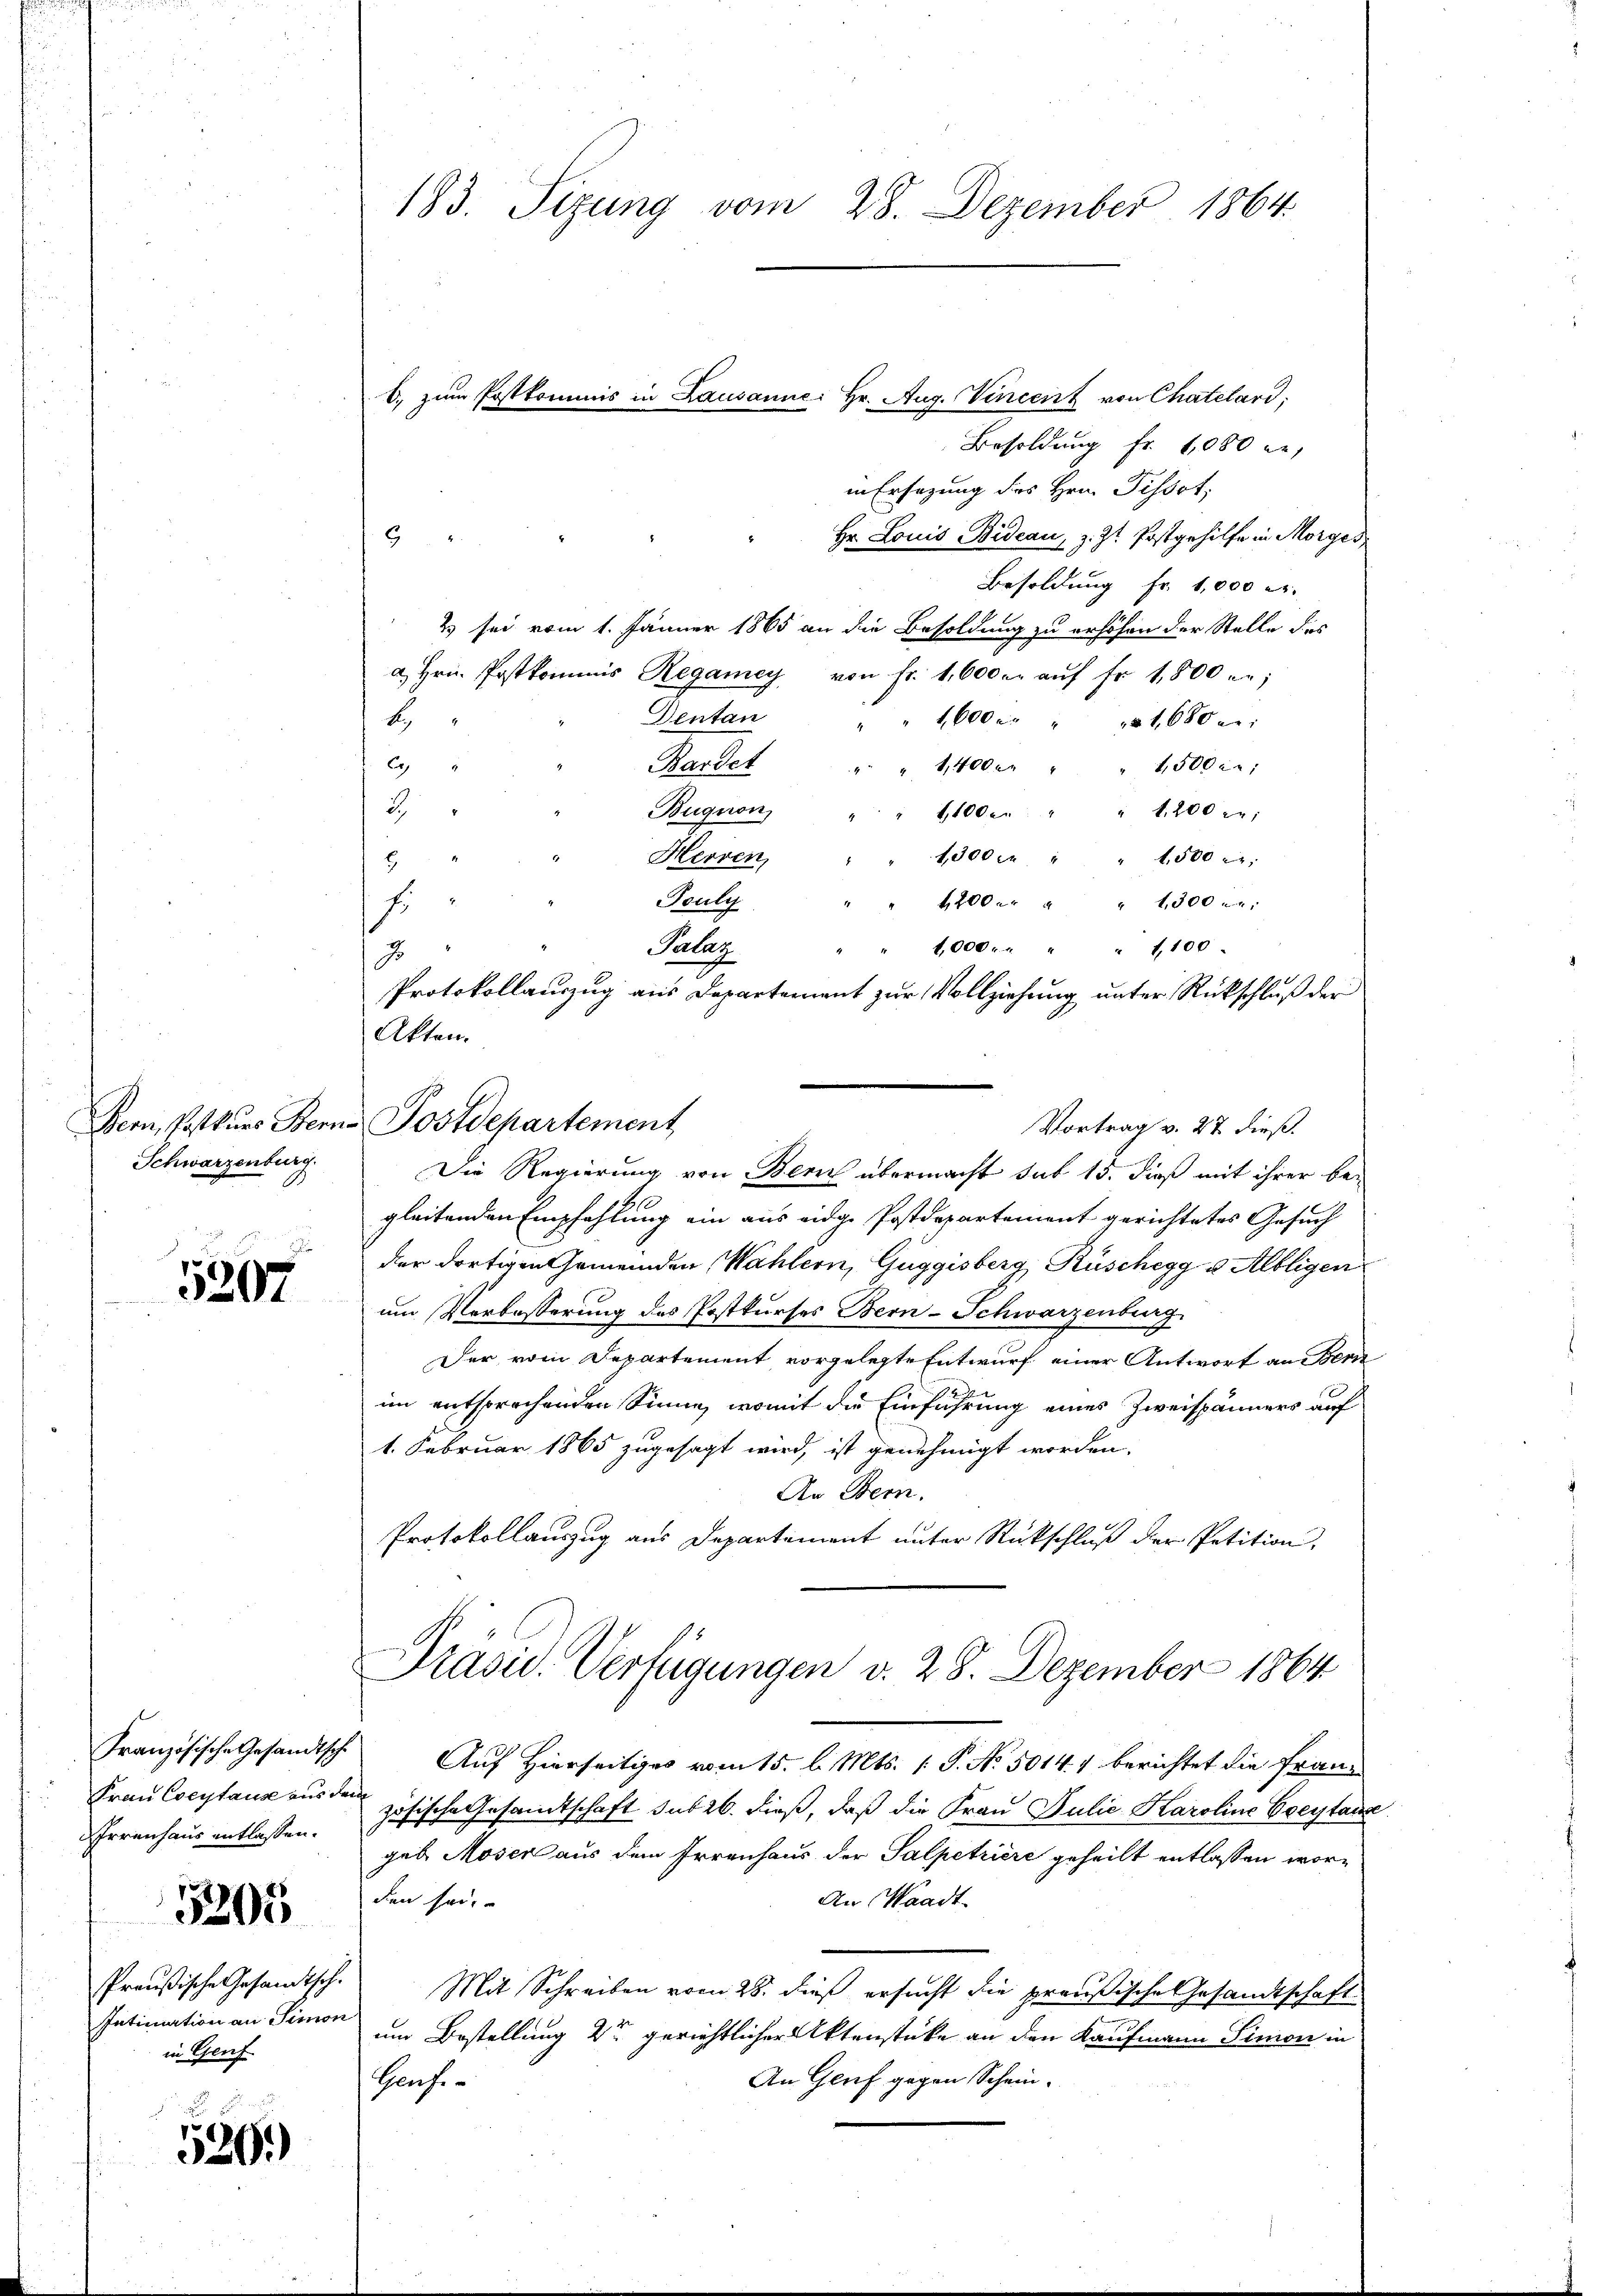
Bern, Postkurs Sterna
Schwarzenburg

5207

Frau Coeytaus aus den
hrrenhaus entlassen.

5205

Preußische Gesandtsch.
Intimation an Simon
in Genf

526.

183. Sizung vom 28. Dezember 1864.

b. zum Postkommis in Lausanne: Hr. Aug. Vincenz von Chatelari;
Besoldung fr. 1000 ge
in Ersezung des Hrn. Pissot;
Hr. Louis Bideau, z. Zt. Postgehilfe in Morges,

Besoldung Fr. 1,000 er
2) sei vom 1. Jänner 1865 an die Besoldung zu erhöhen der Stelle des
a. Hrn. Postkommis Regamey von fr. 1,600 er aŭf fr. 1,800;
Dentan
b
1,600 c. " 15 1680
6
Bandet " " 1400 r
1,500 Fr.
2).
Bugion,
1,200 M.
1,100 e
1300 f
Herren,
f,500 x
Touly
4200. " " 1300 -
.
1,000
" 1,100.
Palaz
2
Protokollauszug aus Departement zur Vollziehung unter Rückschluß der
Die Regierung von Bern übermacht sub 15. dieß mit ihrer begleitenden Empfehlung ein aus eidge Postdepartement gerichtetes Gesuch
der dortigen Gemeinden Wahlern, Guggisberg, Rüschegg u Albligen
um Verbesserung des Postkurses Bern-Schwarzenburg
Der vom Departement vorgelegte Entwurf einer Antwort an Bern
im entsprochenden Sinne, womit die Einführung eines Zweispänners auf
1. Februar 1865 zugesagt wird, ist genehmigt worden.
An Stem.
Protokollauszug aus Departement unter Rückschluß der Petition,
Präsid. Verfügungen v. 28. Dezember 1864
Französische Gesandtsche Auf Hierseitiges vom 15. l. Mts. (: P. No. 5014. f berichtet die Franz
zösische Gesandtschaft sub 26. dieß, daß die Frau Julie Karoline Ereytause
geb. Moser aus dem Irrenhaus der Salpetriere geheilt entlassen worden sei
An Waadt.
Mit Schreiben vom 28. dieß ersucht die preußische Gesandtschaft
um Bestellung der gerichtlicher Aktenstücke an den Kaufmann Simon in
An Genf gegen Schein.
Hansi¬

Akten.
Postdepartement
Vortrag v. 27 dieß.